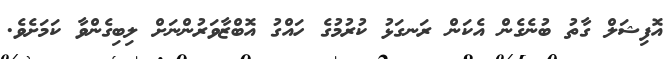
އޮފިޝަލް ގާތު ބުނެގެން އެކަން ރަނގަޅު ކުރުމުގެ ހައްގު އޮބްޒާވަރުންނަށް ލިބިގެންވާ ކަމަށެވެ.